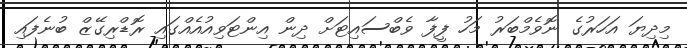
މިދިޔަ އަހަރުގެ ނޮވެމްބަރު މަހު ފީފާ ވެބްސައިޓަށް ދިން އިންޓަވިއުއެއްގައި ރޮޑްރިގޭޒް ބުނެފައި